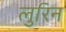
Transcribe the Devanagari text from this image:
लुरिन